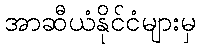
အာဆီယံနိုင်ငံများမှ